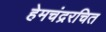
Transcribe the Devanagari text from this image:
हेमचंद्ररचित